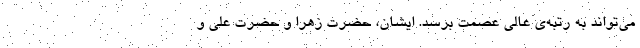
می‌تواند به رتبه‌ی عالی عصمت برسد. ایشان، حضرت زهرا و حضرت علی و